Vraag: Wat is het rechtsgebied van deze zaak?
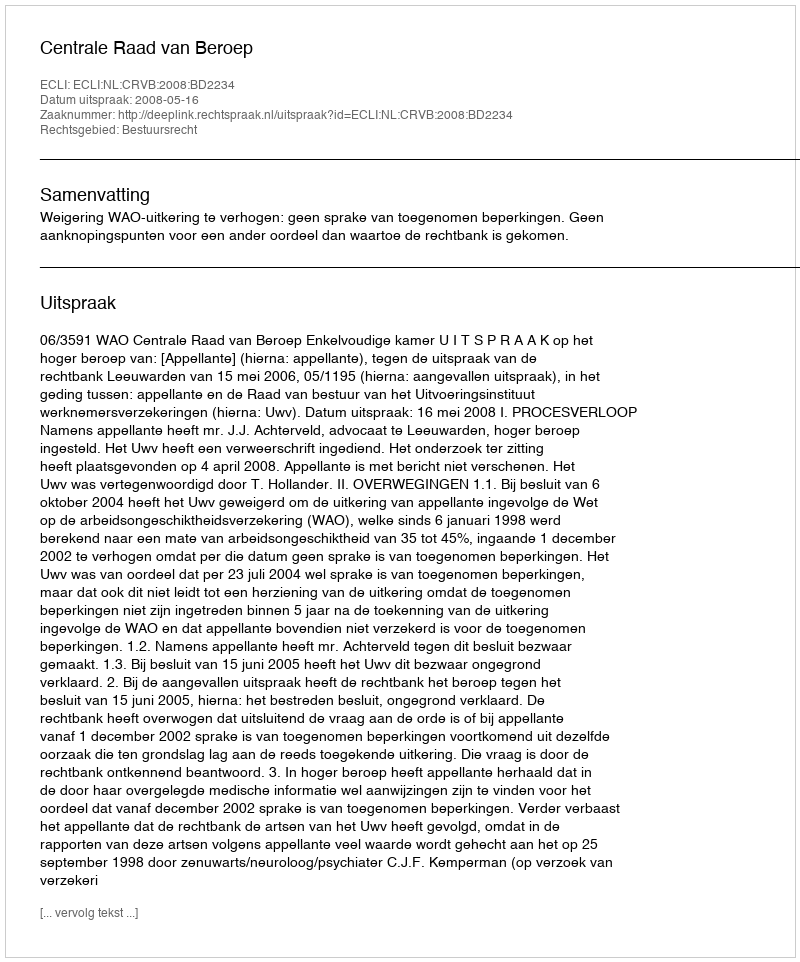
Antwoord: Bestuursrecht